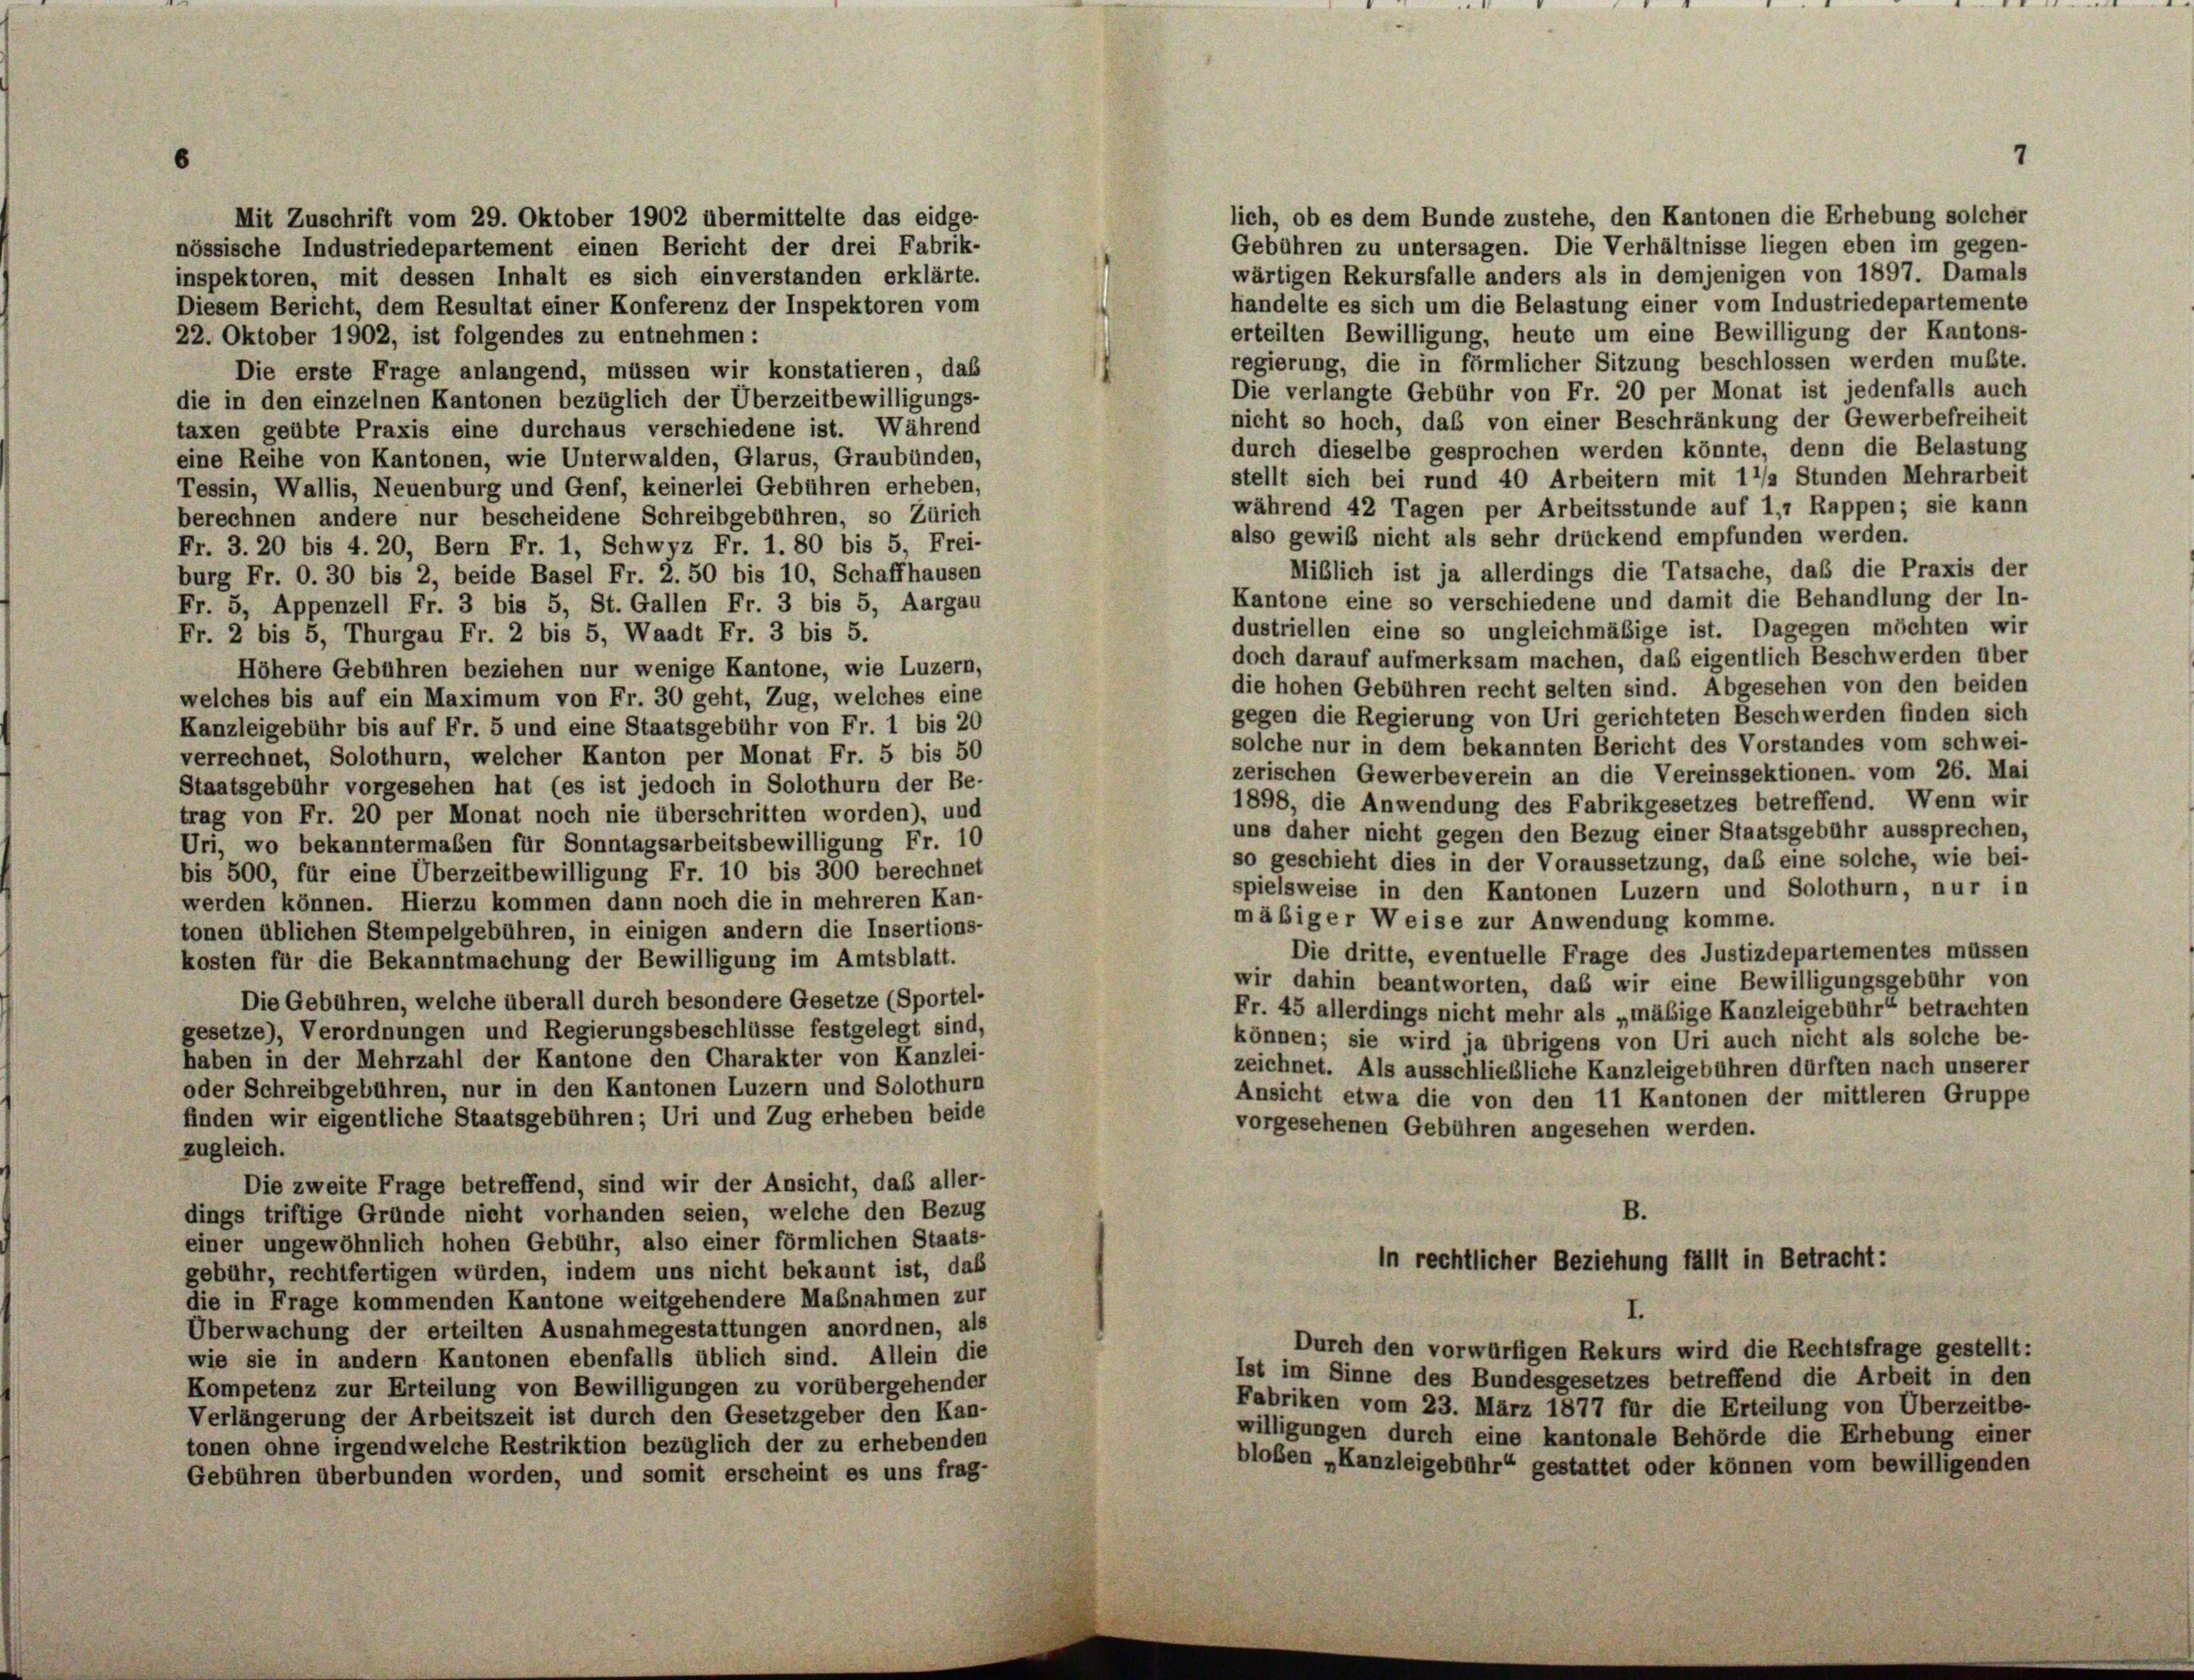
Mit Zuschrift vom 29. Oktober 1902 übermittelte das eidge-
lich, ob es dem Bunde zustehe, den Kantonen die Erhebung solcher
Gebühren zu untersagen. Die Verhältnisse liegen eben im gegen-
nössische Industriedepartement einen Bericht der drei Fabrik-
wärtigen Rekursfalle anders als in demjenigen von 1897. Damals
inspektoren, mit dessen Inhalt es sich einverstanden erklärte.
handelte es sich um die Belastung einer vom Industriedepartemente
Diesem Bericht, dem Resultat einer Konferenz der Inspektoren vom
erteilten Bewilligung, heute um eine Bewilligung der Kantons-
22. Oktober 1902, ist folgendes zu entnehmen:
regierung, die in fürmlicher Sitzung beschlossen werden mußte.
Die erste Frage anlangend, müssen wir konstatieren, das
Die verlangte Gebühr von Fr. 20 per Monat ist jedenfalls auch
die in den einzelnen Kantonen bezüglich der Überzeitbewilligungs-
nicht so hoch, daß von einer Beschränkung der Gewerbefreiheit
taxen geübte Praxis eine durchaus verschiedene ist. Während
durch dieselbe gesprochen werden könnte, denn die Belastung
eine Reihe von Kantonen, wie Unterwalden, Glarus, Graubünden,
stellt sich bei rund 40 Arbeitern mit 11/2 Stunden Mehrarbeit
Tessin, Wallis, Neuenburg und Genf, keinerlei Gebühren erheben,
während 42 Tagen per Arbeitsstunde auf 1,7 Rappen; sie kann
berechnen andere nur bescheidene Schreibgebühren, so Zürich
also gewiß nicht als sehr drückend empfunden werden.
Fr. 3. 20 bis 4. 20, Bern Fr. 1, Schwyz Fr. 1. 80 bis 5, Frei-
Mißlich ist ja allerdings die Tatsache, daß die Praxis der
burg Fr. O. 30 bis 2, beide Basel Fr. 2. 50 bis 10, Schaffhausen
Kantone eine so verschiedene und damit die Behandlung der In-
Fr. 5, Appenzell Fr. 3 bis 5, St. Gallen Fr. 3 bis 5, Aargau
dustriellen eine so ungleichmäßige ist. Dagegen möchten wir
Fr. 2 bis 5, Thurgau Fr. 2 bis 5, Waadt Fr. 3 bis 5.
doch darauf aufmerksam machen, daß eigentlich Beschwerden über
Höhere Gebühren beziehen nur wenige Kantone, wie Luzern,
die hohen Gebühren recht selten sind. Abgesehen von den beiden
welches bis auf ein Maximum von Fr. 30 geht, Zug, welches eine
gegen die Regierung von Uri gerichteten Beschwerden finden sich
Kanzleigebühr bis auf Fr. 5 und eine Staatsgebühr von Fr. 1 bis 20
solche nur in dem bekannten Bericht des Vorstandes vom schwei-
verrechnet, Solothurn, welcher Kanton per Monat Fr. 5 bis 50
zerischen Gewerbeverein an die Vereinssektionen. vom 26. Mai
Staatsgebühr vorgesehen hat (es ist jedoch in Solothurn der Be-
1898, die Anwendung des Fabrikgesetzes betreffend. Wenn wir
trag von Fr. 20 per Monat noch nie überschritten worden), und
uns daher nicht gegen den Bezug einer Staatsgebühr aussprechen,
Uri, wo bekanntermaßen für Sonntagsarbeitsbewilligung Fr. 10
so geschieht dies in der Voraussetzung, das eine solche, wie bei-
bis 500, für eine Überzeitbewilligung Fr. 10 bis 300 berechnet
spielsweise in den Kantonen Luzern und Solothurn, nur in
werden können. Hierzu kommen dann noch die in mehreren Kan-
mäßiger Weise zur Anwendung komme.
tonen üblichen Stempelgebühren, in einigen andern die Insertions-
Die dritte, eventuelle Frage des Justizdepartementes müssen
kosten für die Bekanntmachung der Bewilligung im Amtsblatt.
wir dahin beantworten, das wir eine Bewilligungsgebühr von
Die Gebühren, welche überall durch besondere Gesetze (Sportel-
Fr. 45 allerdings nicht mehr als „mäßige Kanzleigebühr“ betrachten
gesetze), Verordnungen und Regierungsbeschlüsse festgelegt sind,
können; sie wird ja übrigens von Uri auch nicht als solche be-
haben in der Mehrzahl der Kantone den Charakter von Kanzlei-
zeichnet. Als ausschließliche Kanzleigebühren dürften nach unserer
oder Schreibgebühren, nur in den Kantonen Luzern und Solothurn
Ansicht etwa die von den 11 Kantonen der mittleren Gruppe
finden wir eigentliche Staatsgebühren; Uri und Zug erheben beide
vorgesehenen Gebühren angesehen werden.
zugleich.
Die zweite Frage betreffend, sind wir der Ansicht, daß aller-
B.
dings triftige Gründe nicht vorhanden seien, welche den Bezug
einer ungewöhnlich hohen Gebühr, also einer förmlichen Staats-
in rechtlicher Beziehung fällt in Betracht:
gebühr, rechtfertigen würden, indem uns nicht bekannt ist, das
die in Frage kommenden Kantone weitgehendere Maßnahmen zur
Überwachung der erteilten Ausnahmegestattungen anordnen, als
Durch den vorwürfigen Rekurs wird die Rechtsfrage gestellt:
wie sie in andern Kantonen ebenfalls üblich sind. Allein die
Ist im Sinne des Bundesgesetzes betreffend die Arbeit in den
Kompetenz zur Erteilung von Bewilligungen zu vorübergehender
Fabriken vom 23. März 1877 für die Erteilung von Überzeitbe-
Verlängerung der Arbeitszeit ist durch den Gesetzgeber den Kan-
willigungen durch eine kantonale Behörde die Erhebung einer
tonen ohne irgendwelche Restriktion bezüglich der zu erhebenden
bloßen „Kanzleigebühr“ gestattet oder können vom bewilligenden
Gebühren überbunden worden, und somit erscheint es uns frag-

7